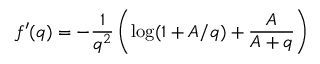
f ^ { \prime } ( q ) = - \frac 1 { q ^ { 2 } } \left( \log ( 1 + A / q ) + \frac { A } { A + q } \right)